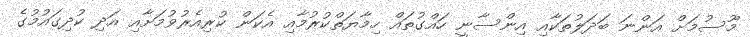
މޫސުމަށް އަންނަ ބަދަލުތަކާއި އިންސާނީ ހައްގުތައް ހިމާޔަތްކުރުމާއި އެކަން ކުރިއެރުވުމަށާއި އަދި ކުދިގައުމުގެ